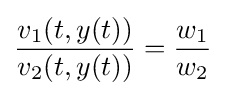
{\frac {v_{1}(t,y(t))}{v_{2}(t,y(t))}}={\frac {w_{1}}{w_{2}}}